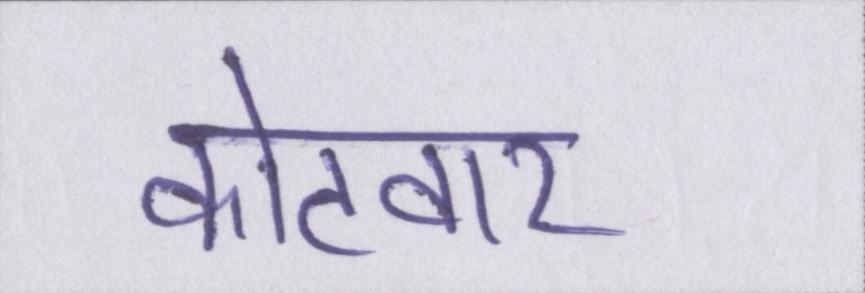
कोटवार